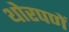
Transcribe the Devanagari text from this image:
थोरपणें